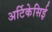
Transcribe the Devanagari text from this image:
अर्टिकेसिई